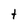
Character: t